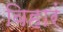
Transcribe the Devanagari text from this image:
विहारं